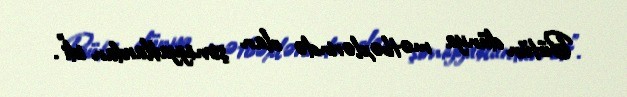
Bütün dünya mətbəxlərində olan şirniyyatlardan idi”.